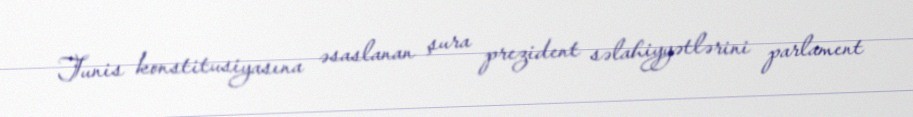
Tunis konstitusiyasına əsaslanan şura prezident səlahiyyətlərini parlament